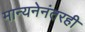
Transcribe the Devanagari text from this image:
मान्यनेनंतरही